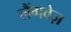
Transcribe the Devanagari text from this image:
लैंगवेज़